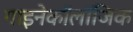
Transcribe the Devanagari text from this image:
गाइनेकॉलॉजिक